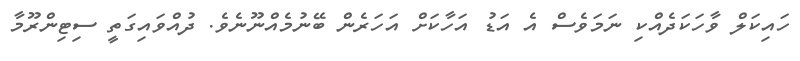
ހައިކަލް ވާހަކަދެއްކި ނަމަވެސް އެ އަޑު އަހާކަށް އަހަރެން ބޭނުމެއްނޫނެވެ. ދުއްވައިގަތީ ސިޓިންރޫމާ